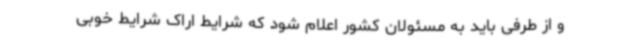
و از طرفی باید به مسئولان کشور اعلام شود که شرایط اراک شرایط خوبی